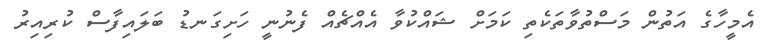
އެމީހާގެ އަތުން މަސްތުވާތަކެތި ކަމަށް ޝައްކުވާ އެއްޗެއް ފެނުނީ ހަށިގަނޑު ބަލައިފާސް ކުރިއިރު